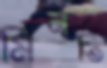
মিনতি